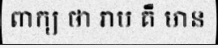
ពាក្យ ថា រាប គឺ មាន